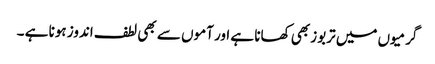
گرمیوں میں تربوز بھی کھانا ہے اور آموں سے بھی لطف اندوز ہونا ہے ۔